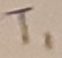
Text: T1